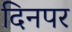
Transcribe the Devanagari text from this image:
दिनपर